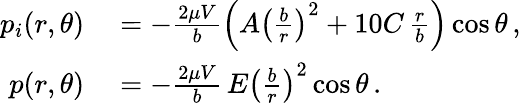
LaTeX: \begin{array}{rl}{p_{i}(r,\theta)}&{{}=-\frac{2\mu V}{b}\left(A\left(\frac{b}{r}\right)^{2}+10C\, \frac{r}{b}\right)\cos\theta\, ,}\\ {p(r,\theta)}&{{}=-\frac{2\mu V}{b}\, E\left(\frac{b}{r}\right)^{2}\cos\theta\, .}\end{array}